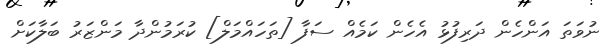
ނުވަތަ އަންހެން ދަރިފުޅު އެހެން ކަމެއް ސަފާ [ތަހައްމަލް] ކުރަމުންދާ މަންޒަރު ބަލާކަށް